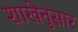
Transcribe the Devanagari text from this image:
शाखेनुसार